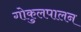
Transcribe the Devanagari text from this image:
गोकुलपालन